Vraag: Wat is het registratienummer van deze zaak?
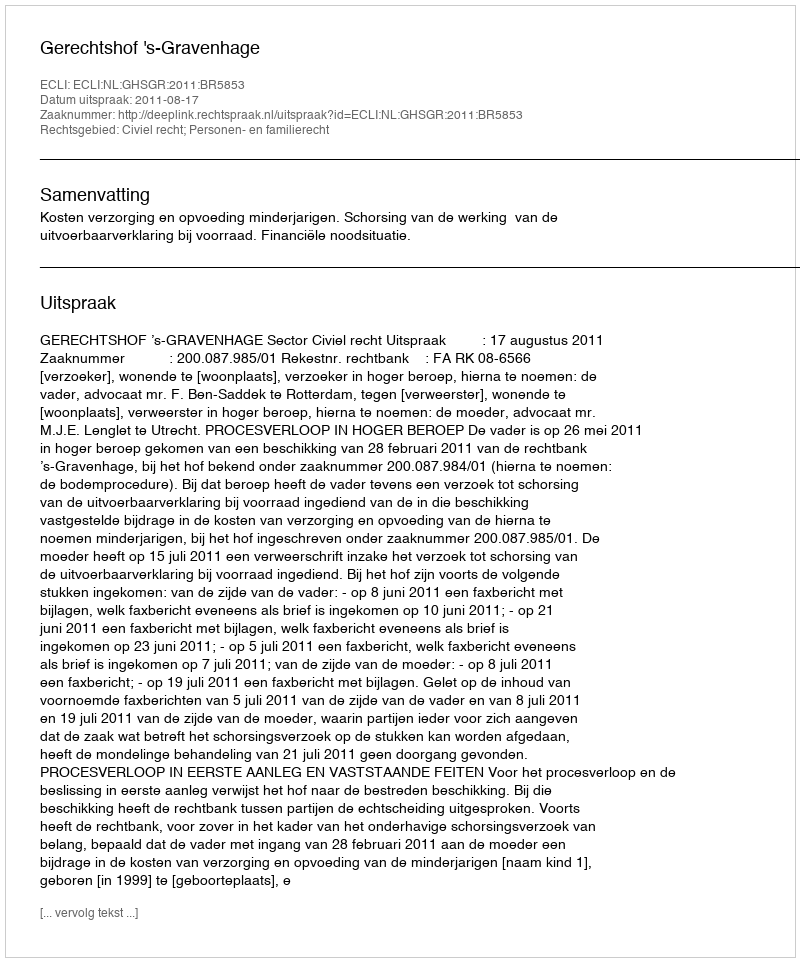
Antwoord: http://deeplink.rechtspraak.nl/uitspraak?id=ECLI:NL:GHSGR:2011:BR5853